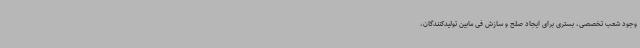
وجود شعب تخصصی، بستری برای ایجاد صلح و سازش فی مابین تولیدکنندگان،